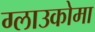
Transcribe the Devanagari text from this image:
ग्लाउकोमा